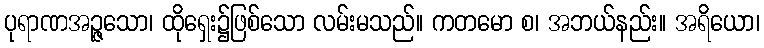
ပုရာဏအဉ္ဇသော၊ ထိုရှေး၌ဖြစ်သော လမ်းမသည်။ ကတမော စ၊ အဘယ်နည်း။ အရိယော၊